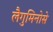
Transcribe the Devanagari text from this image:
लैगुमिनोसे